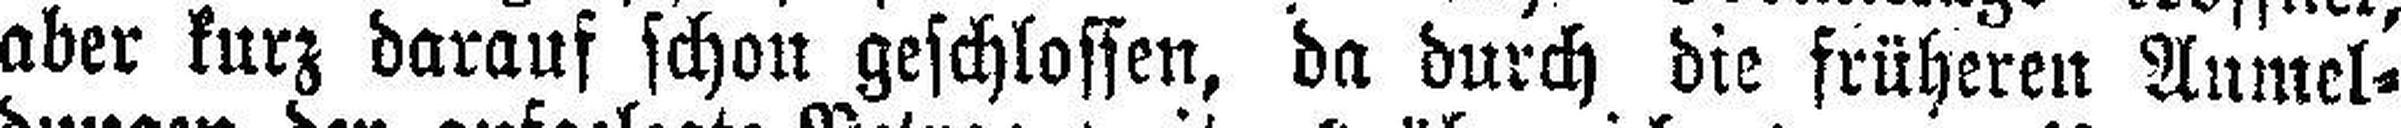
aber kurz darauf schon geschlossen, da durch die früheren Anmel¬